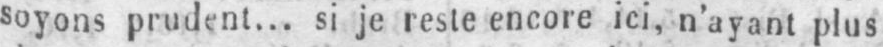
soyons prudent... si je reste encore ici, n’ayant plus